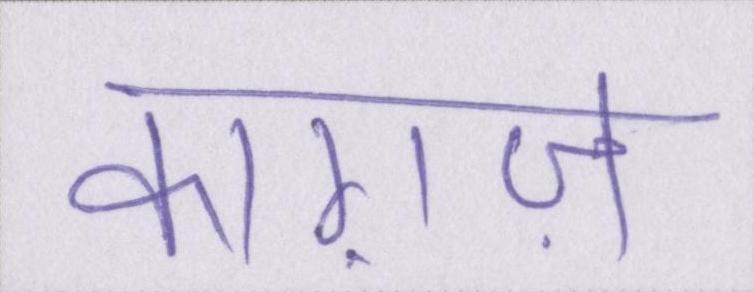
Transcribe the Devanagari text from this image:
काग़ज़